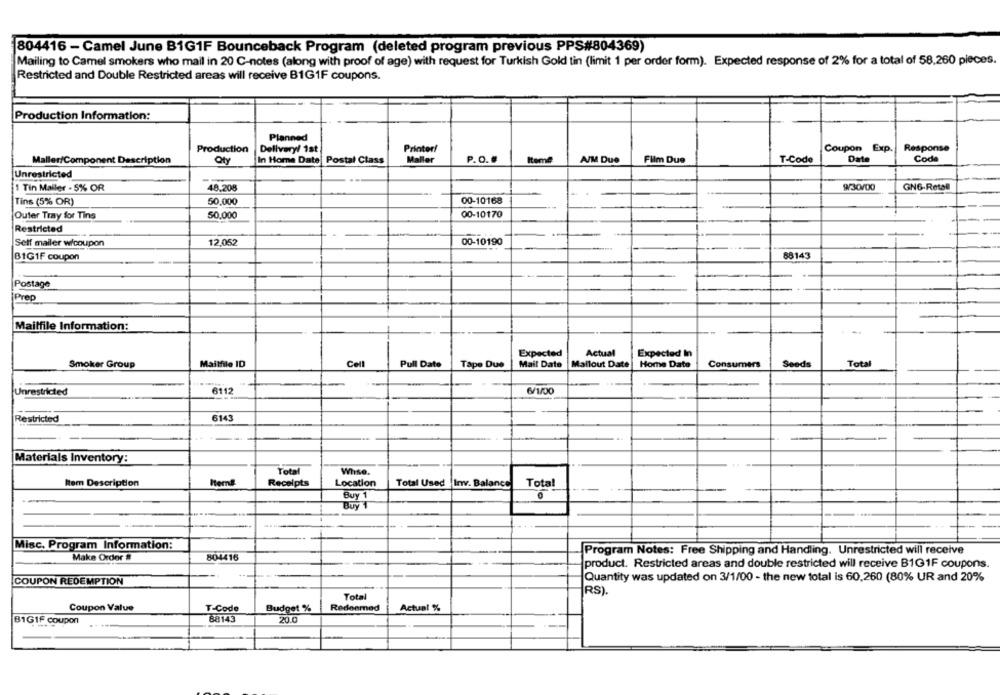
804416 - Camel June B1G1F Bounceback Program (deleted program previous PPS#804369)
Mailing to Camel smokers who mail in 20 C-notes (along with proof of age) with request for Turkish Gold tin (limit 1 per order form). Expected response of 2% for a total of 58,260 pieces.
Restricted and Double Restricted areas will receive B1G1F coupons.
Production Information:
Planned
Production
Delivery/ 1st
Printerf
Coupon Exp.
Response
Maller/Component Description
Oty
In Home Date Postal Class
Maller
P.O.#
Itemi
A/M Due
Film Due
T-Code
Date
Coda
Unrestricted
1 Tin Mailer - 5% OR
48.208
9/30/00
GN6-Retail
Tins (5% OR)
50,000
00-10168
Outer Tray for Tins
50,000
00-10170
Restricted
Self mailer wicoupon
12,052
00-10190
BIG1F coupon
88143
Postage
Prep
Mailfile Information:
Expected
Actual
Expected In
Smoker Group
Mailfile ID
Cell
Pull Date
Tape Due
Mail Date
Mailout Date | Home Date
Consumers
Seeds
Tota
6112
Unrestricted
6/1/00
614
Restricted
Materials Inventory:
Total
Whise.
Item Description
Receipts
Location
Total Used Inv. Balance
Total
0
Buy 1
Buy 1
Misc. Program Information:
Make Order #
Program Notes: Free Shipping and Handling. Unrestricted will receive
804416
product. Restricted areas and double restricted will receive B1G1F coupons.
Quantity was updated on 3/1/00 - the new total is 60,260 (80% UR and 20%
COUPON REDEMPTION
RS).
Total
Coupon Value
T-Code
Budget %
Redeemed
Actual %
88143
20.0
B1G1F coupon